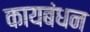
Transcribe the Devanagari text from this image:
कायबंधन